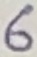
Text: 6